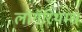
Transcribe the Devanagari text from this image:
लोगॅरिथम्स